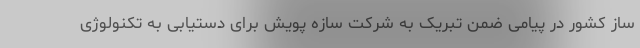
ساز کشور در پیامی ضمن تبریک به شرکت سازه پویش برای دستیابی به تکنولوژی